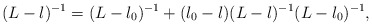
\begin{align*} (L-\l)^{-1} = (L-\l_0)^{-1} + (\l_0 - \l) (L-\l)^{-1} (L-\l_0)^{-1},\end{align*}